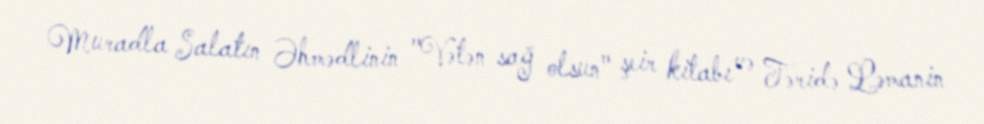
Muradla Salatın Əhmədlinin "Vətən sağ olsun" şeir kitabı və Fəridə Ləmanin